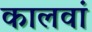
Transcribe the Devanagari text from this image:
कालवां